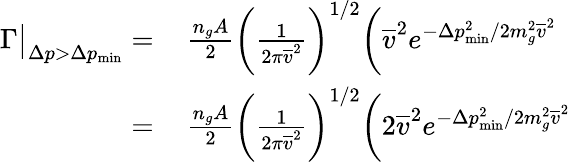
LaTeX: \begin{array}{rl}{\Gamma\big|_{\Delta p>\Delta p_{\mathrm{min}}}=}&{{}\, \frac{n_{g}A}{2}\bigg(\frac{1}{2\pi\overline{{v}}^{2}}\bigg)^{1/2}\bigg(\overline{{v}}^{2}e^{-\Delta p_{\mathrm{min}}^{2}/2m_{g}^{2}\overline{{v}}^{2}}}\\ {=}&{{}\, \frac{n_{g}A}{2}\bigg(\frac{1}{2\pi\overline{{v}}^{2}}\bigg)^{1/2}\bigg(2\overline{{v}}^{2}e^{-\Delta p_{\mathrm{min}}^{2}/2m_{g}^{2}\overline{{v}}^{2}}}\end{array}